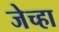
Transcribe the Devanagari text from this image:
जेच्हा